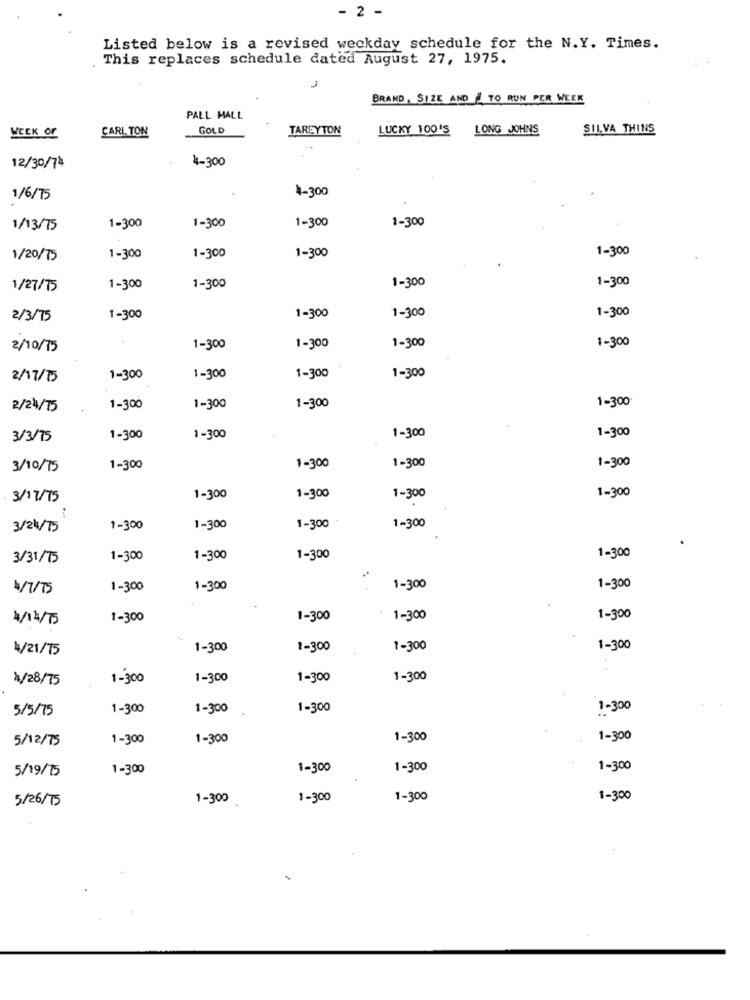
- 2 -
Listed below is a revised weckday schedule for the N.Y. Times.
This replaces schedule dated August 27, 1975.
1
BRAND, SIZE AND / TO RUN PER WEEK
PALL MALL
WEEK OF
GOLD
TAREYTON
LUCKY 100'S
LONG JOHNS
SILVA THINS
CARLTON
4-300
12/30/74
1-300
1/6/75
1-300
1-300
1-300
1/13/75
1-300
1-300
1-300
1/20/75
1-300
1-300
1-300
1-300
1/27/75
1-300
1-300
1-300
2/3/75
1-300
1-300
1-300
1-300
2/10/75
1-300
1-300
1-300
1-300
2/17/15
1-300
1-300
1-300
1-300
1-300
2/24/75
1-300
1-300
1-300
3/3/75
1-300
1-300
1-300
1-300
1-300
3/10/75
1-300
1-300
1-300
3/17/75
1-300
1-300
1-300
3/24/75
1-300
1-300
1-300
1-300
1-300
3/31/15
1-300
1-300
1-300
4/7/15
1-300
1-300
1-300
1-300
1/14/75
1-300
1-300
1-300
1-300
4/21/75
1-300
1-300
1-300
1-300
1/28/75
1-300
1-300
1-300
1-300
5/5/75
1-300
1-300
1-300
1-300
5/12/75
1-300
1-300
1-300
1-300
5/19/15
1-300
1-300
1-300
1-300
5/26/75
1-300
1-300
1-300
1-300